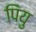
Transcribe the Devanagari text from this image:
पियु